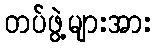
တပ်ဖွဲ့များအား